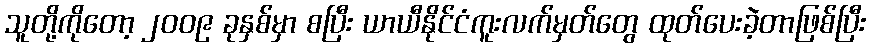
သူတို့ကိုတော့ ၂၀၀၉ ခုနှစ်မှာ စပြီး ယာယီနိုင်ငံကူးလက်မှတ်တွေ ထုတ်ပေးခဲ့တာဖြစ်ပြီး